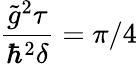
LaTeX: \frac{\tilde{g}^{2}\tau}{\hbar^{2}\delta}=\pi/4